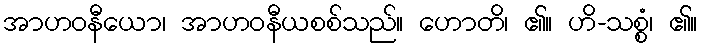
အာဟဝနီယော၊ အာဟဝနီယစစ်သည်။ ဟောတိ၊ ၏။ ဟိ-သစ္စံ၊ ၏။